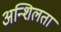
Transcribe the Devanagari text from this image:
अन्शिलता